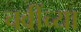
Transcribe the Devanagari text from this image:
चवींच्या